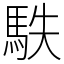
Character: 䭿